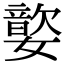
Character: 嬜